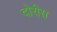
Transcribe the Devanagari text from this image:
दोरीस